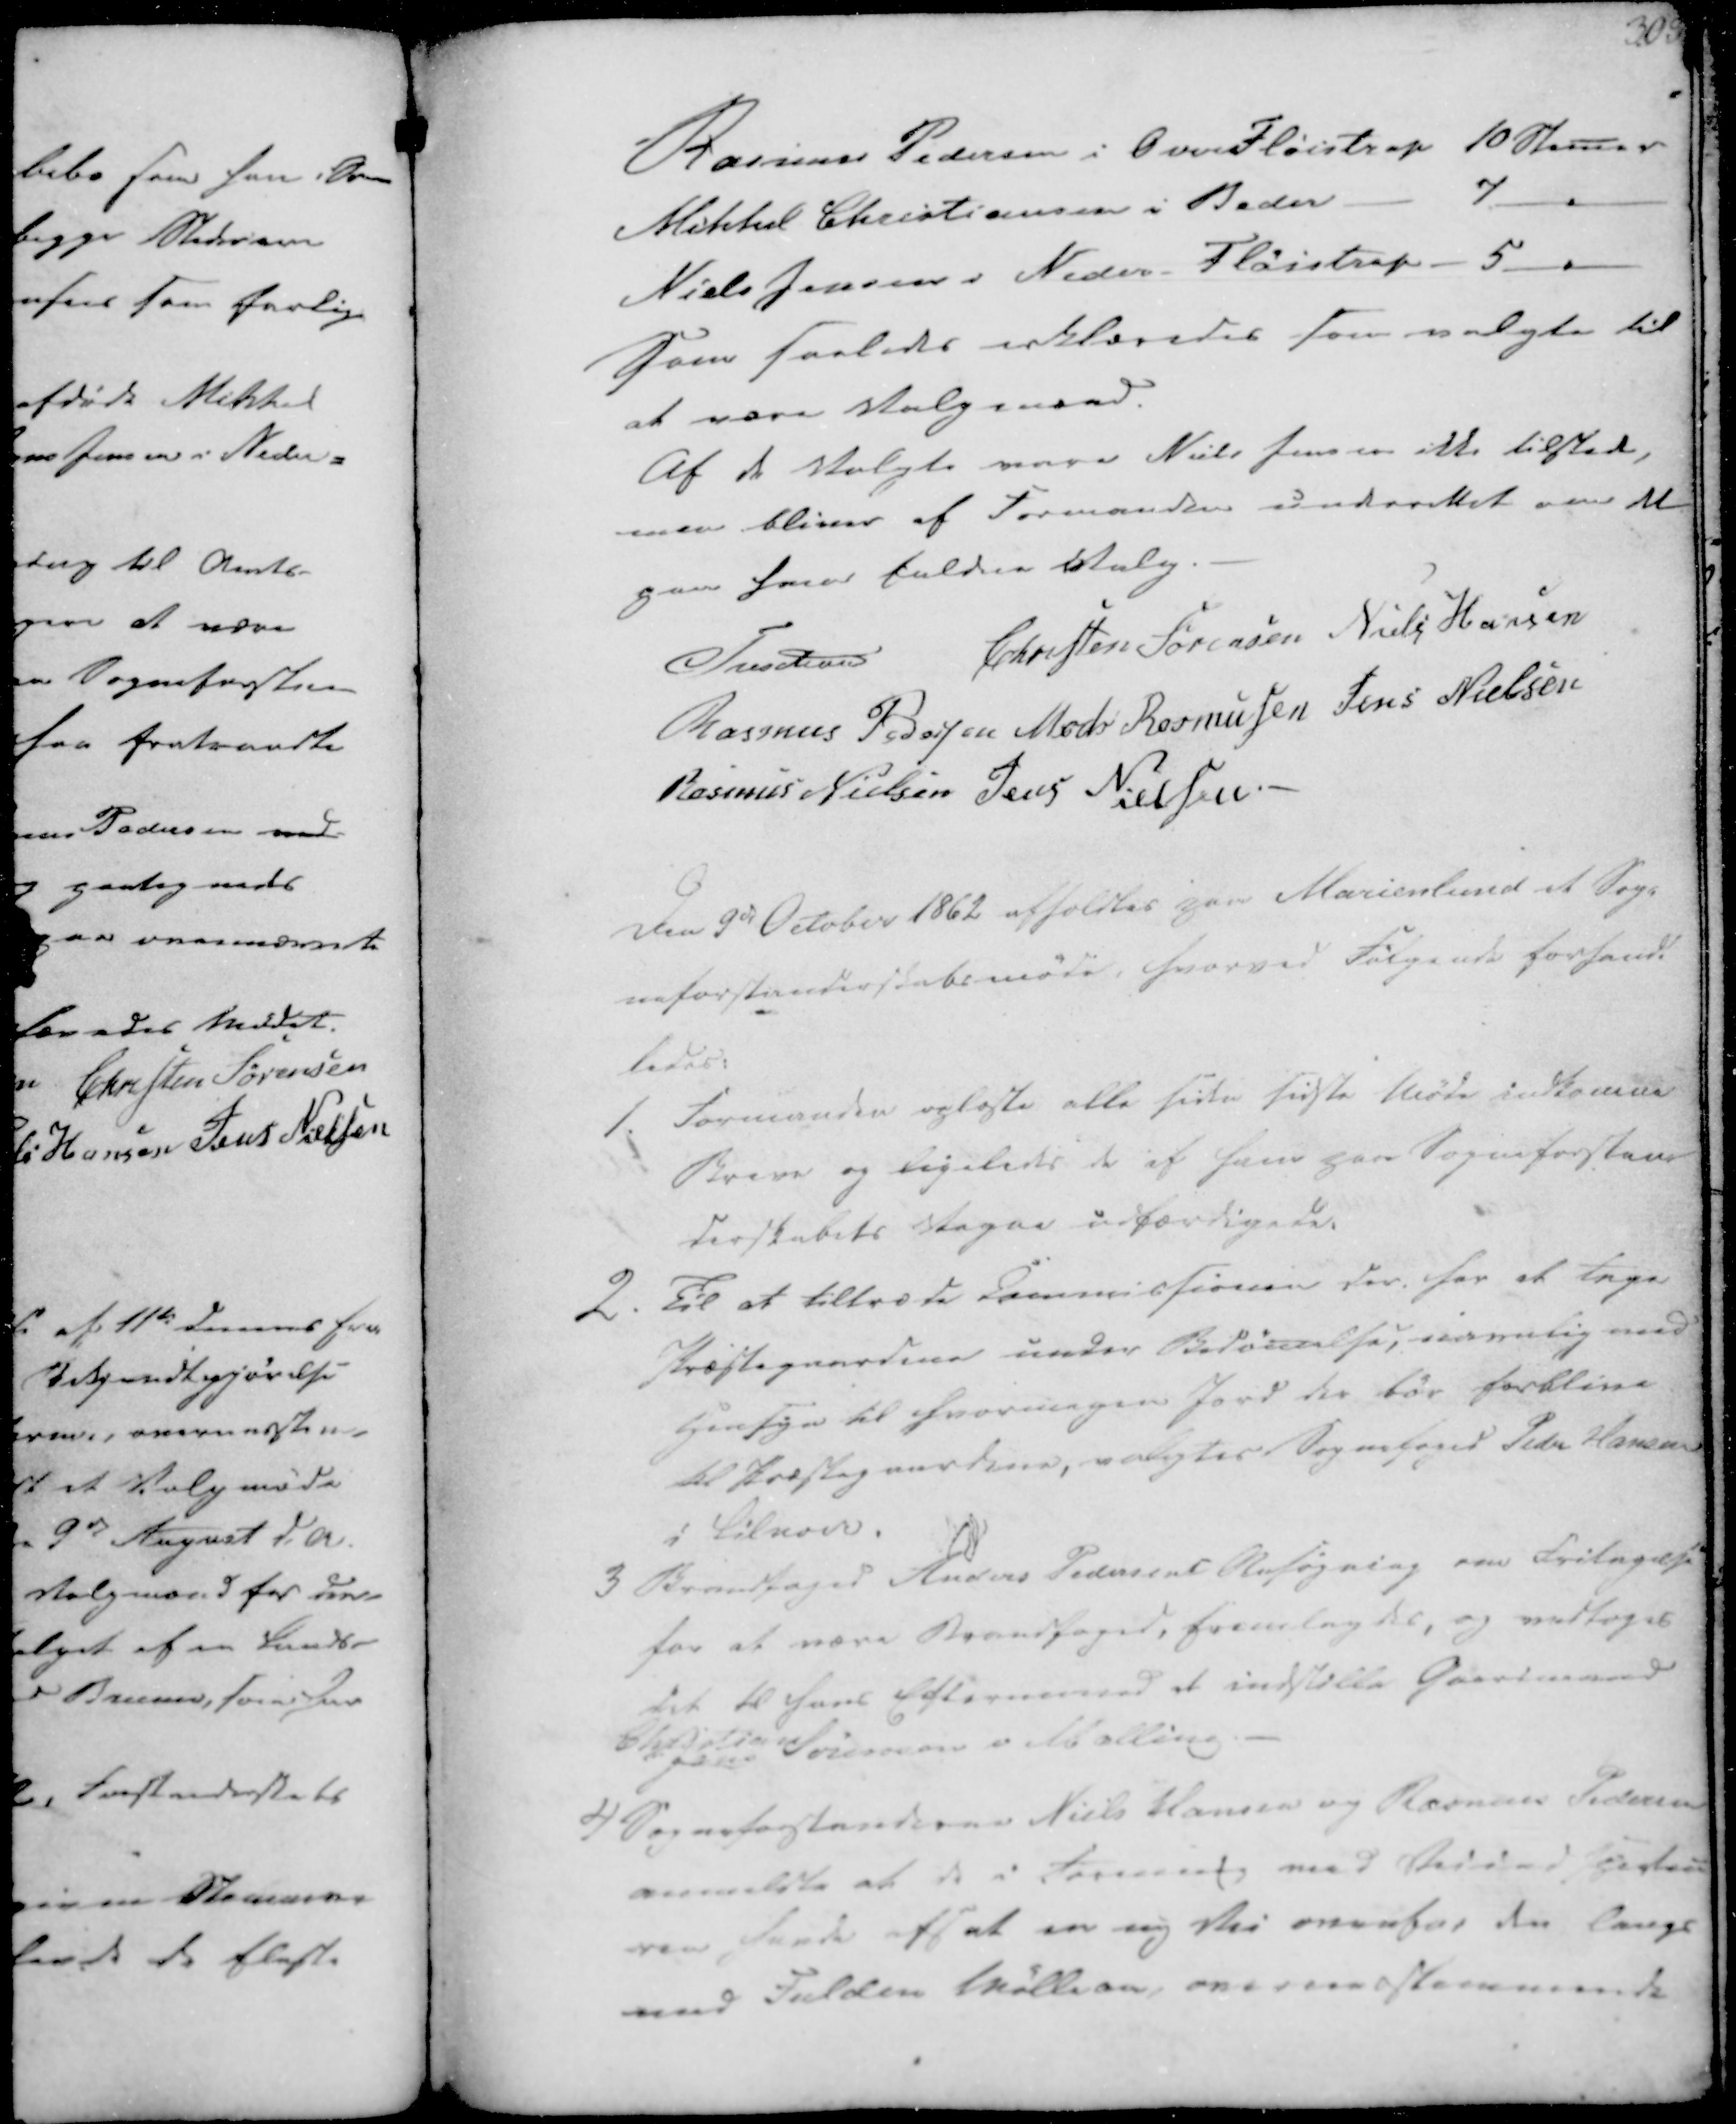
Transskription:
Rasmus Pedersen i OverFløistrup 10 Stemer
Mikkel Christiansen i Beder - 7
Niels Jensen i Neder Fløistrup - 5
Som saaledes erklæredes som valgte til
at være Valgmænd.
Af de Valgte vare Niels Jensen ikke tilstede,
men bliver af Formanden underettet om det
paa ham faldne Valg.

Treschov
Christen Sørensen
Niels Hansen
Rasmus Pedersen
Mads Rasmussen
Jens Nielsen
Rasmus Nielsen
Jens Nielsen

Den 9de October 1862 afholdtes paa Marienlund et Sog-
neforstanderskabsmøde, hvorved Følgende forhand-
ledes:

1. Formanden oplæste alle siden sidste Møde indkomne
Breve og ligeledes de af ham paa Sogneforstan-
derskabets Vegne udfærdigede.
2. Til at tiltræde Commissionen der, for at tage
Præstegaardene under Bedømelse, navnlig med
Hensyn til hvormegen Jord der bør forblive
til Præstegaardene, valgtes Sognefoged Peder Hansen
i Lilnord.

3 Brandfoged Anders Pedersens Ansøgning om Fritagelse
for at være Brandfoged, fremlagdes, og vedtoges
det til hans Eftermened at indstille Gaardmand
Christian
Jens Sørensen i Malling

4 Sogneforstanderne Niels Hansen og Rasmus Pedersen
anmeldte at de i Foreninng med Veiindspecteu
ren havde afsat en ny Vei overfor den langs
med Fulden Møllevei, overensstemmende